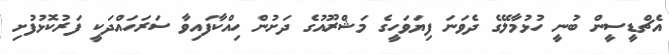
އެޗްޑީސީން ބުނީ ހުޅުމާލޭގެ ދެވަނަ ފިޔަވަހީގެ މަޝްރޫއުގެ ދަށުން ހިއްކާފައިވާ ސަރަހައްދަކީ ފަރުކޮޅުފުށި